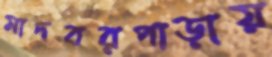
মাদবরপাড়ায়